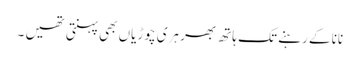
نانا کے رہنے تک ہاتھ بھر ہری چوڑیاں بھی پہنتی تھیں ۔